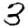
Digit: 3